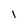
Character: l